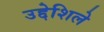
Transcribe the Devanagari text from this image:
उद्देशिले